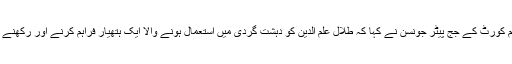
آج جمعے کو نیو ساتھ ویلز کی سپریم کورٹ کے جج پیٹر جونسن نے کہا کہ طلال علم الدین کو دہشت گردی میں استعمال ہونے والا ایک ہتھیار فراہم کرنے اور رکھنے کے جرم میں یہ سزا سنائی گئی ہے۔